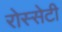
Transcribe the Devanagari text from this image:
रोस्सेटी